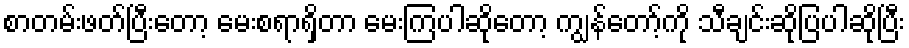
စာတမ်းဖတ်ပြီးတော့ မေးစရာရှိတာ မေးကြပါဆိုတော့ ကျွန်တော့်ကို သီချင်းဆိုပြပါဆိုပြီး